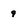
Character: 9